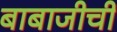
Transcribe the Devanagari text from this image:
बाबाजीची